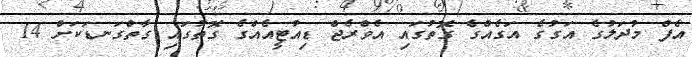
އެފް މުދަލުގެ އަގުގެ އަގެއްގެ ގޮތުގައި އެވްރެޖް ޑިއުޓީއެއްގެ ގޮތުގައި ގާތްގަނޑަކަށް 14